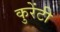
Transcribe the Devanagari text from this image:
कुरेंटी